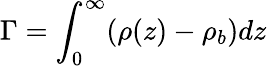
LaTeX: \Gamma=\int_{0}^{\infty}(\rho(z)-\rho_{b})dz